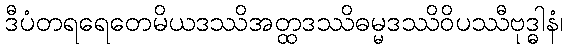
ဒီပံတရရေတေမိယဒဿိအတ္ထဒဿိဓမ္မဒဿိဝိပဿီဗုဒ္ဓါနံ၊